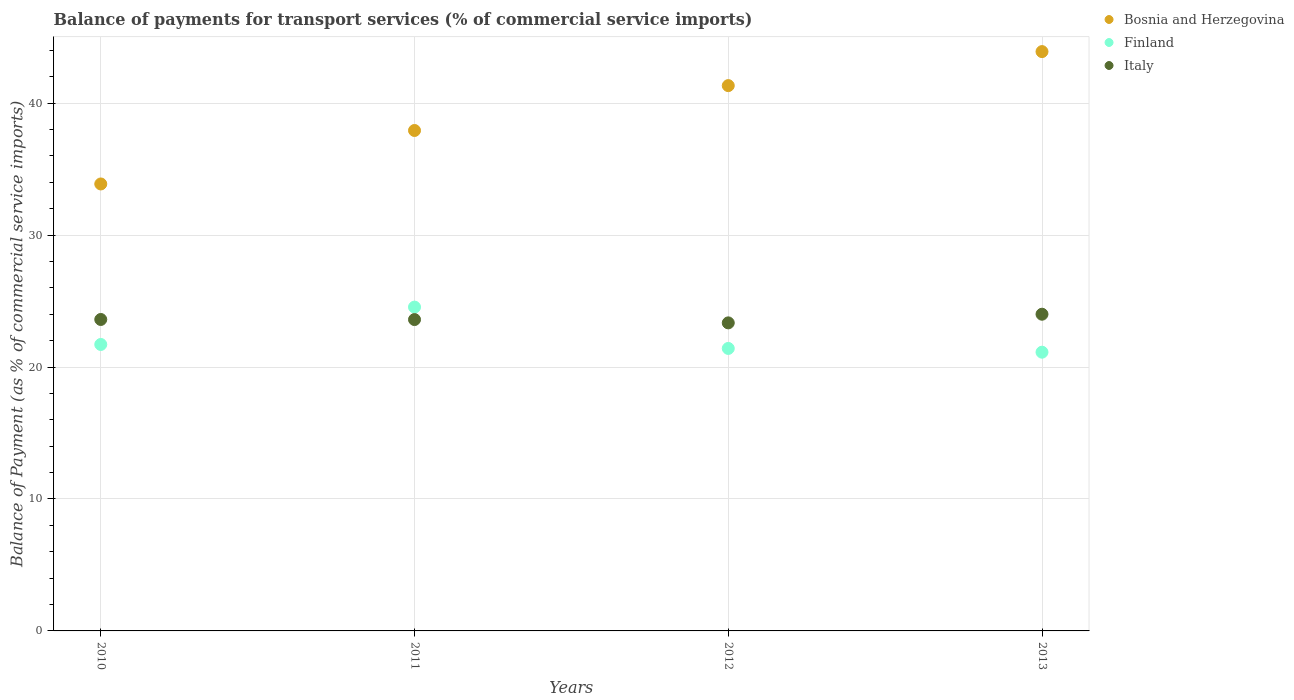
| Years | Bosnia and Herzegovina | Finland | Italy |
 | --- | --- | --- | --- |
 | 2010 | 33.9 | 21.7 | 23.6 |
 | 2011 | 37.9 | 24.5 | 23.6 |
 | 2012 | 41.3 | 21.4 | 23.3 |
 | 2013 | 43.9 | 21.1 | 24 |